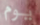
يوم